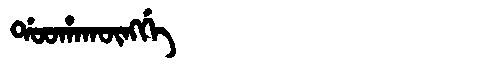
Manchu: ᡩᠣᠣᡥᠠᡴᡡᠩᡤᡝ
Romanization: DOOHAKŪNGGE